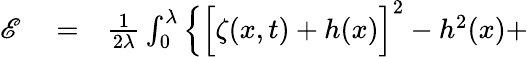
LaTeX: \begin{array}{rlr}{\mathscr{E}}&{{}=}&{\frac{1}{2\lambda}\int_{0}^{\lambda}\Big\{ \Big[\zeta(x,t)+h(x)\Big]^{2}-h^{2}(x)+}\end{array}